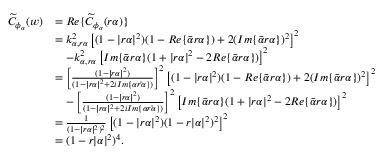
\begin{array} { r l } { \widetilde { C } _ { \phi _ { \alpha } } ( w ) } & { = R e \{ \widetilde { C } _ { \phi _ { \alpha } } ( r \alpha ) \} } \\ & { = k _ { \alpha , r \alpha } ^ { 2 } \left[ ( 1 - | r \alpha | ^ { 2 } ) ( 1 - R e \{ \bar { \alpha } r \alpha \} ) + 2 ( I m \{ \bar { \alpha } r \alpha \} ) ^ { 2 } \right] ^ { 2 } } \\ & { \quad - k _ { \alpha , r \alpha } ^ { 2 } \left[ I m \{ \bar { \alpha } r \alpha \} ( 1 + | r \alpha | ^ { 2 } - 2 R e \{ \bar { \alpha } r \alpha \} ) \right] ^ { 2 } } \\ & { = \left[ \frac { ( 1 - | r \alpha | ^ { 2 } ) } { ( 1 - | r \alpha | ^ { 2 } + 2 i I m \{ \alpha \bar { r \alpha } \} ) } \right] ^ { 2 } \left[ ( 1 - | r \alpha | ^ { 2 } ) ( 1 - R e \{ \bar { \alpha } r \alpha \} ) + 2 ( I m \{ \bar { \alpha } r \alpha \} ) ^ { 2 } \right] ^ { 2 } } \\ & { \quad - \left[ \frac { ( 1 - | r \alpha | ^ { 2 } ) } { ( 1 - | r \alpha | ^ { 2 } + 2 i I m \{ \alpha \bar { r \alpha } \} ) } \right] ^ { 2 } \left[ I m \{ \bar { \alpha } r \alpha \} ( 1 + | r \alpha | ^ { 2 } - 2 R e \{ \bar { \alpha } r \alpha \} ) \right] ^ { 2 } } \\ & { = \frac { 1 } { ( 1 - | r \alpha | ^ { 2 } ) ^ { 2 } } \left[ ( 1 - | r \alpha | ^ { 2 } ) ( 1 - r | \alpha | ^ { 2 } ) ^ { 2 } \right] ^ { 2 } } \\ & { = ( 1 - r | \alpha | ^ { 2 } ) ^ { 4 } . } \end{array}